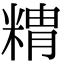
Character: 䊘